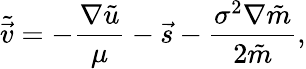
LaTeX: \tilde{\vec{v}}=-\frac{\nabla\tilde{u}}{\mu}-\vec{s}-\frac{\sigma^{2}\nabla\tilde{m}}{2\tilde{m}},